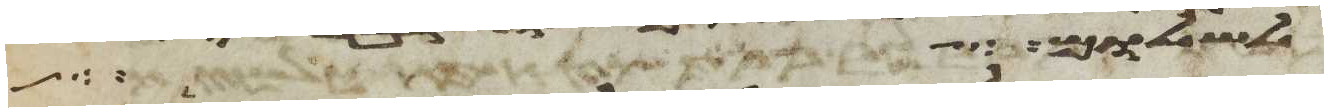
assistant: מום ואשר לא עלה